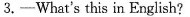
3.—What^{\prime}s this in English？